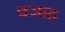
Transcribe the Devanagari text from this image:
वजाह